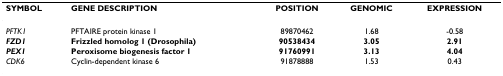
<table><thead><tr><td><b>SYMBOL</b></td><td><b>GENE DESCRIPTION</b></td><td><b>POSITION</b></td><td><b>GENOMIC</b></td><td><b>EXPRESSION</b></td></tr></thead><tbody><tr><td><i>PFTK1</i></td><td>PFTAIRE protein kinase 1</td><td>89870462</td><td>1.68</td><td>-0.58</td></tr><tr><td><b><i>FZD1</i></b></td><td><b>Frizzled homolog 1 (Drosophila)</b></td><td><b>90538434</b></td><td><b>3.05</b></td><td><b>2.91</b></td></tr><tr><td><b><i>PEX1</i></b></td><td><b>Peroxisome biogenesis factor 1</b></td><td><b>91760991</b></td><td><b>3.13</b></td><td><b>4.04</b></td></tr><tr><td><i>CDK6</i></td><td>Cyclin-dependent kinase 6</td><td>91878888</td><td>1.53</td><td>0.43</td></tr></tbody></table>